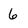
Character: 6